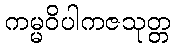
ကမ္မဝိပါကဇသုတ္တ